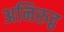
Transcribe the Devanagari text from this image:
अनिरुद्व